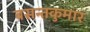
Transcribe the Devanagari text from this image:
बसन्तकुमार